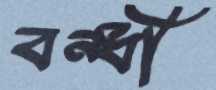
বন্ধী